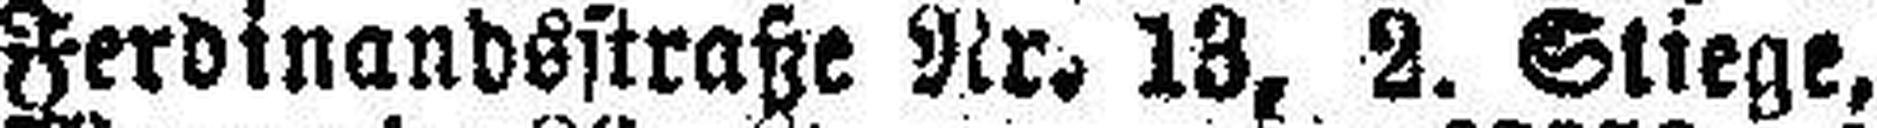
Ferdinandsstraße Nr. 13, 2. Stiege,